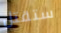
ستقتل